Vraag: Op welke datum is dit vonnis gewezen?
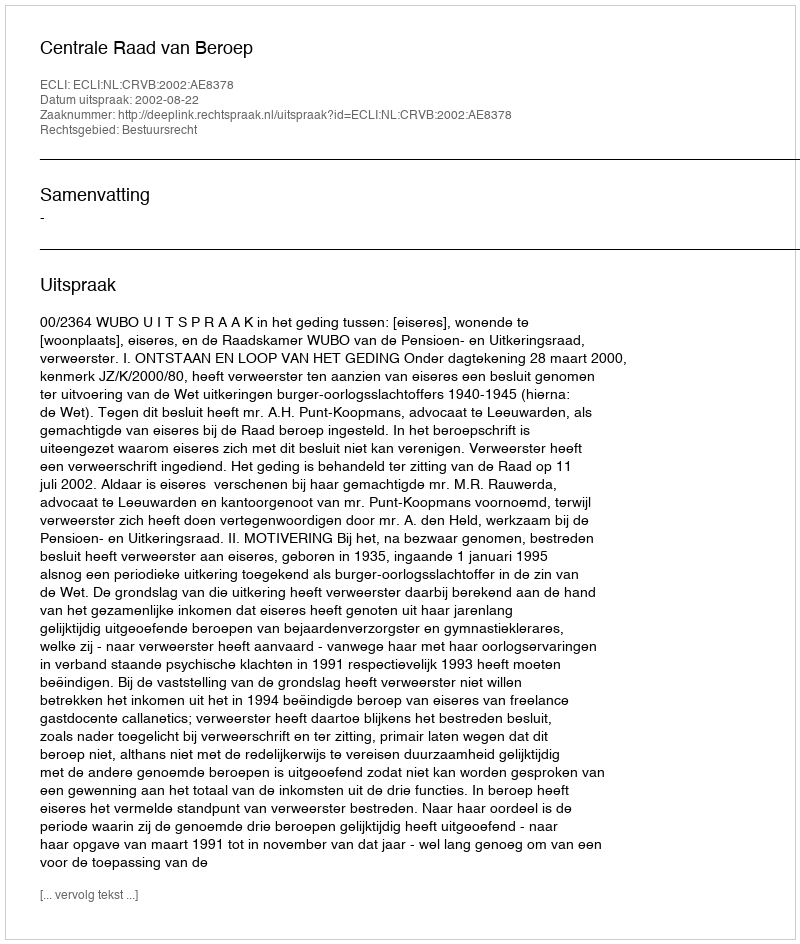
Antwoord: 2002-08-22